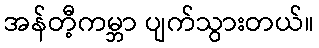
အန်တီ့ကမ္ဘာ ပျက်သွားတယ်။